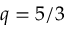
q = 5 / 3